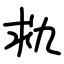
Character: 㐜